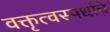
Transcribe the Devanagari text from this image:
वक्तृत्वस्पर्धांचे